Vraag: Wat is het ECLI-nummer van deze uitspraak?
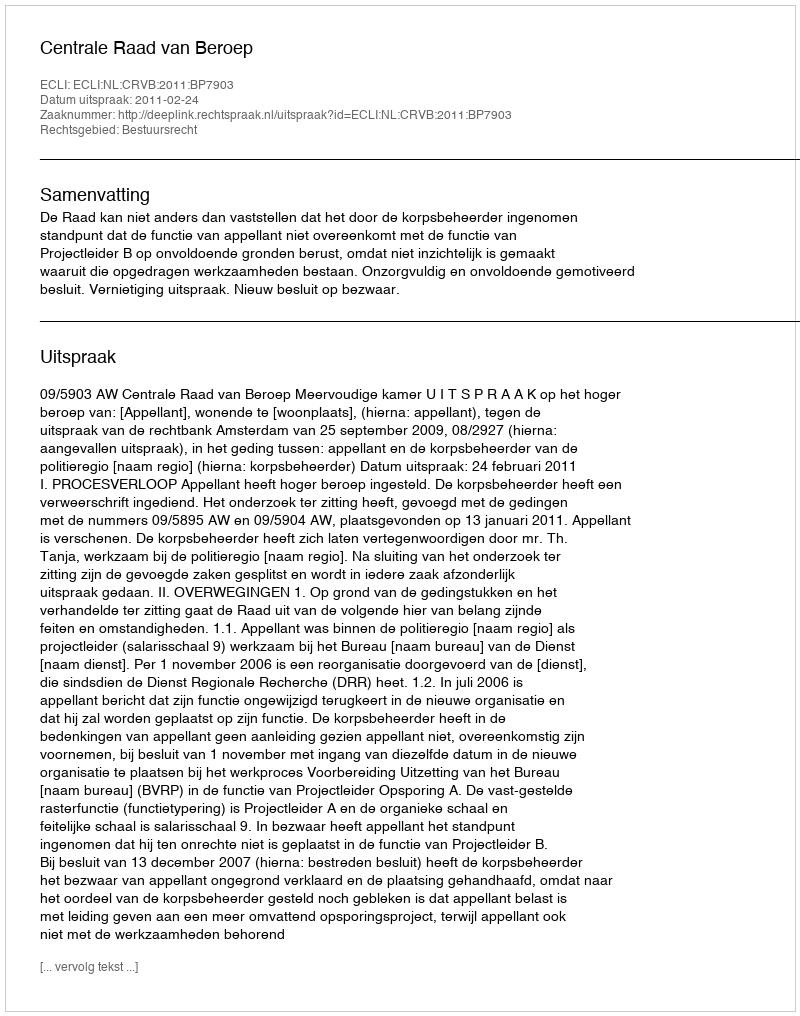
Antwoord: ECLI:NL:CRVB:2011:BP7903